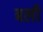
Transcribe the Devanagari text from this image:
बली